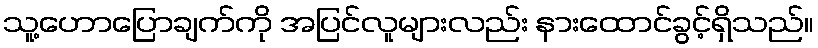
သူ့ဟောပြောချက်ကို အပြင်လူများလည်း နားထောင်ခွင့်ရှိသည်။